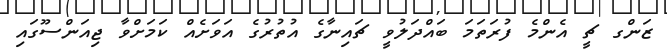
ޒަންގ ޗީ އެންމެ ފުރަތަމަ ބައްދަލުވީ ޗައިނާގެ އުތުރުގެ އަވަށެއް ކަމަށްވާ ޖިއަންސޫގައި